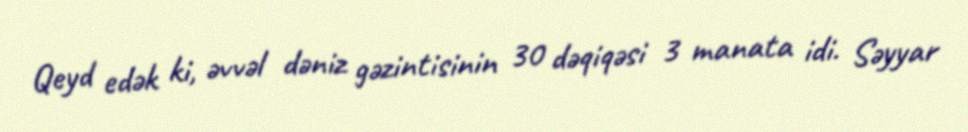
Qeyd edək ki, əvvəl dəniz gəzintisinin 30 dəqiqəsi 3 manata idi. Səyyar